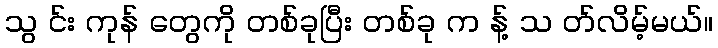
သွ င်း ကုန် တွေကို တစ်ခုပြီး တစ်ခု က န့် သ တ်လိမ့်မယ်။